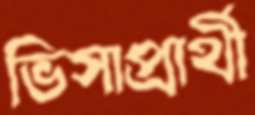
ভিসাপ্রার্থী